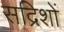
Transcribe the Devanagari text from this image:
सद्रिशों